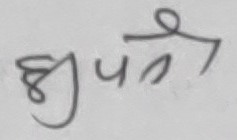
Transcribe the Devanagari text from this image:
भुपन